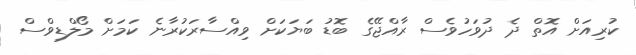
ކުރިއަށް އޮތް ދެ ދުވަހުވެސް ރާއްޖޭގެ ބޮޑު ބަޔަކަށް ވިއްސާރަކުރާނެ ކަމަށް މޯލްޑިވްސް